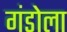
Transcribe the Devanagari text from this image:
गंडोला